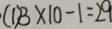
( 1 ) 3 \times 1 0 - 1 = 2 9